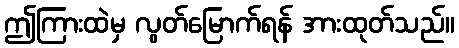
ဤကြားထဲမှ လွတ်မြောက်ရန် အားထုတ်သည်။